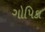
ગોપિકા